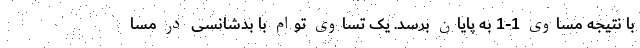
با نتیجه مساوی 1-1 به پایان برسد. یک تساوی توام با بدشانسی در مسا